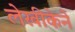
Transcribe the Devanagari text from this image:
लेखीकेने